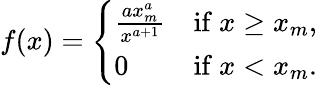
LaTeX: f(x)={\left\{ \begin{array}{ll}{{\frac{ax_{m}^{a}}{x^{a+1}}}}&{{\mathrm{if~}}x\geq x_{m},}\\ {0}&{{\mathrm{if~}}x<x_{m}.}\end{array}\right.}